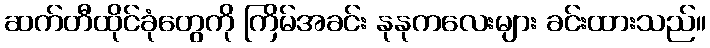
ဆက်တီထိုင်ခုံတွေကို ကြိမ်အခင်း နုနုကလေးများ ခင်းထားသည်။